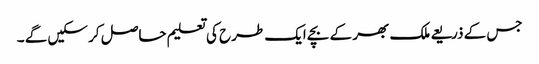
جس کے ذریعے ملک بھر کے بچے ایک طرح کی تعلیم حاصل کر سکیں گے ۔